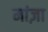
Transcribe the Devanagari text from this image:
मांज़ा